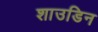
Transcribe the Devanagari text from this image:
शाउडिन